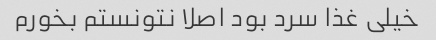
خیلی غذا سرد بود اصلا نتونستم بخورم